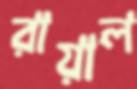
রায়াল